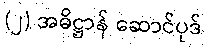
(၂) အဓိဋ္ဌာန် ဆောင်ပုဒ်